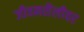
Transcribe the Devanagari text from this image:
जीवनशैलीवर